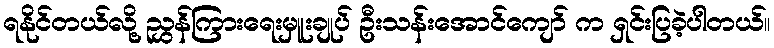
ရနိုင်တယ်လို့ ညွှန်ကြားရေးမှူးချုပ် ဦးသန်းအောင်ကျော် က ရှင်းပြခဲ့ပါတယ်။